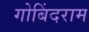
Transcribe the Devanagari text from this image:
गोबिंदराम